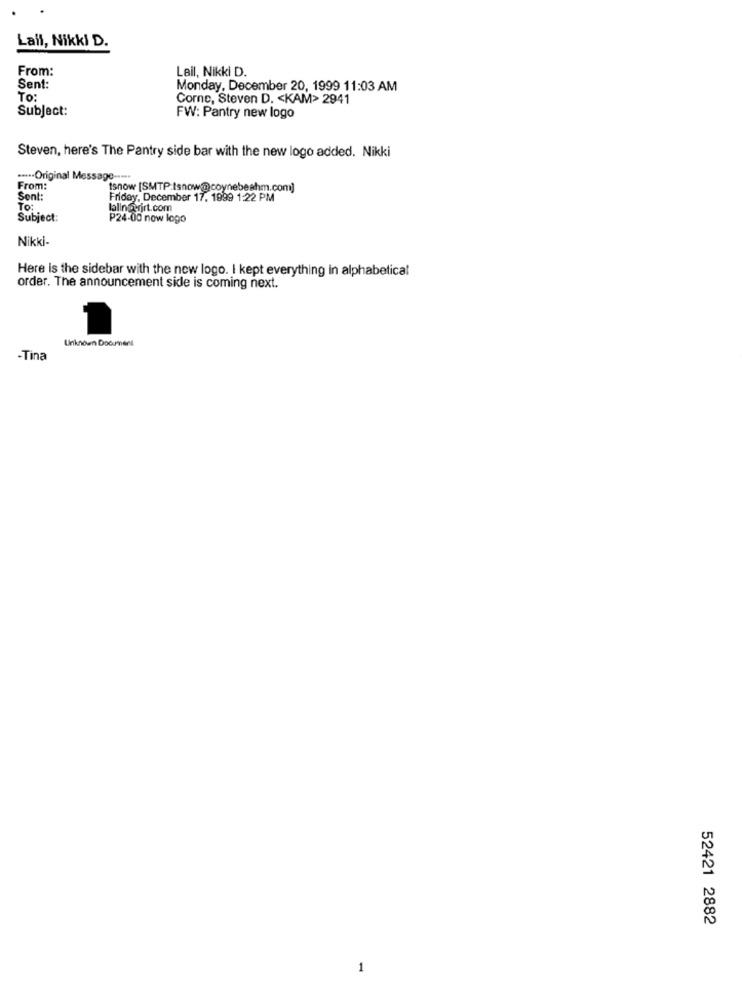
Lail, Nikki D.
From:
Lail, Nikki D.
Sent:
Monday, December 20, 1999 11:03 AM
TO:
Corne, Steven D. < KAM> 2941
Subject:
FW: Pantry new logo
Steven, here's The Pantry side bar with the new logo added. Nikki
****- Original Message ---**
From:
tsnow [SMTP:Isnow@coynebeahm.com]
Sent:
Friday, December 17, 1999 1:22 PM
To:
lalingwirt.com
Subject:
P24-00 now logo
Nikki
Here is the sidebar with the new logo. I kept everything in alphabetical
order. The announcement side is coming next.
Unknown Document
-Tina
52421 2882
1